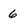
Character: 6